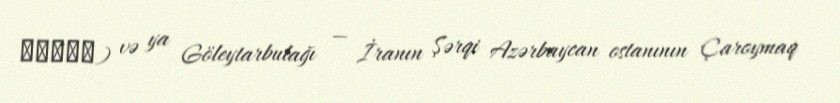
گليتر) və ya Göleytarbulağı — İranın Şərqi Azərbaycan ostanının Çaroymaq